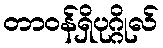
တာဝန်ရှိပုဂ္ဂိုလ်